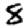
Digit: 8